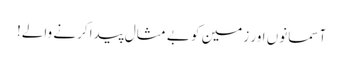
آسمانوں اور زمین کو بے مثال پیدا کرنے والے!